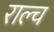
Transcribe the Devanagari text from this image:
राल्च